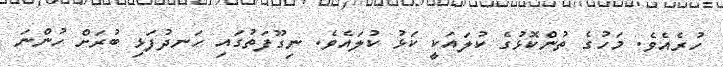
ހުރެއެވެ. މަހުގެ ތުންކޮޅުގެ ކުލައަކީ ކަޅު ކުލައެވެ. ނިގޫފަތުގައި ހަނދުފަޅި ބުރަށް ހުންނަ